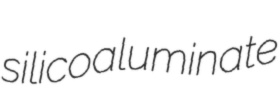
silicoaluminate